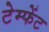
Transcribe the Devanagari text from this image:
टेम्फेंट